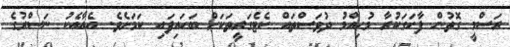
ރަސްމީ ގޮތުން ފާހަގަކުރާ މުހިއްމު ދުވަސްތައް ކެޓެގަރީތަކަށް ބަހައިފައި ކަމަށެވެ. އެއާއެކު ނަސްރުގެ